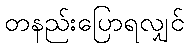
တနည်းပြောရလျှင်